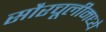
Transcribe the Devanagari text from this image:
सौरचूलीमध्ये